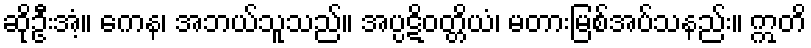
ဆိုဦးအံ့။ ကေန၊ အဘယ်သူသည်။ အပ္ပဋိဝတ္တိယံ၊ မတားမြစ်အပ်သနည်း။ ဣတိ